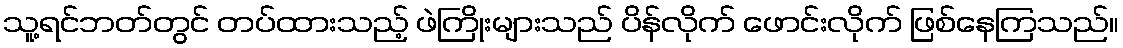
သူ့ရင်ဘတ်တွင် တပ်ထားသည့် ဖဲကြိုးများသည် ပိန်လိုက် ဖောင်းလိုက် ဖြစ်နေကြသည်။